Source: Handwritten
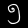
Digit: ၅ (5)